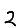
Digit: 2